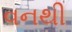
વનથી